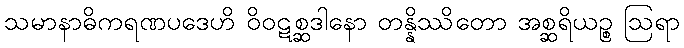
သမာနာဓိကရဏပဒေဟိ ဝိဝဋစ္ဆဒါနော တန္နိဿိတော အစ္ဆရိယဉ္စ ဩရာ